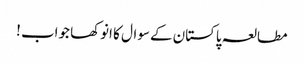
مطالعہ پاکستان کے سوال کا انوکھا جواب !